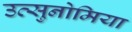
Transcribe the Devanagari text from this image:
उत्सुनोमिया